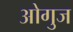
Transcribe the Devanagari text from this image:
ओगुज